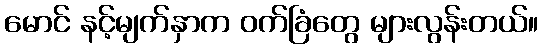
မောင် နင့်မျက်နှာက ဝက်ခြံတွေ များလွန်းတယ်။